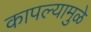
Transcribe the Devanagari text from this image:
कापल्यामुळे